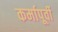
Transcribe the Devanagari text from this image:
कर्मापूर्वी